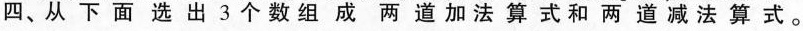
四、从 下 面 选 出 3 个 数 组 成 两 道 加 法 算 式 和 两 道 减 法 算 式。